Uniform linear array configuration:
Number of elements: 12
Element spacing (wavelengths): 0.75
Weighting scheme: hamming
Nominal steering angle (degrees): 15
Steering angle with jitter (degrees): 13.263
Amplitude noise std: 0.05
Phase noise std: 0.05

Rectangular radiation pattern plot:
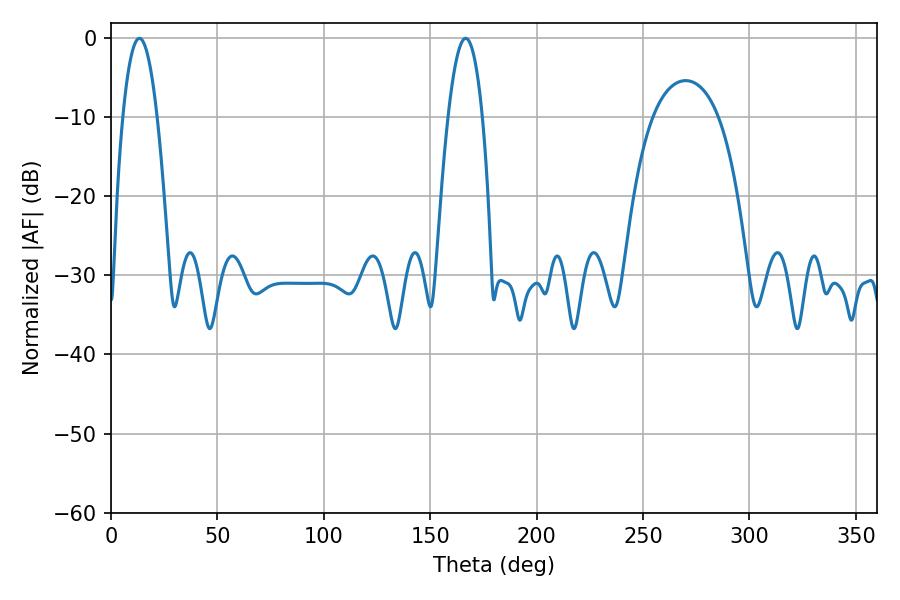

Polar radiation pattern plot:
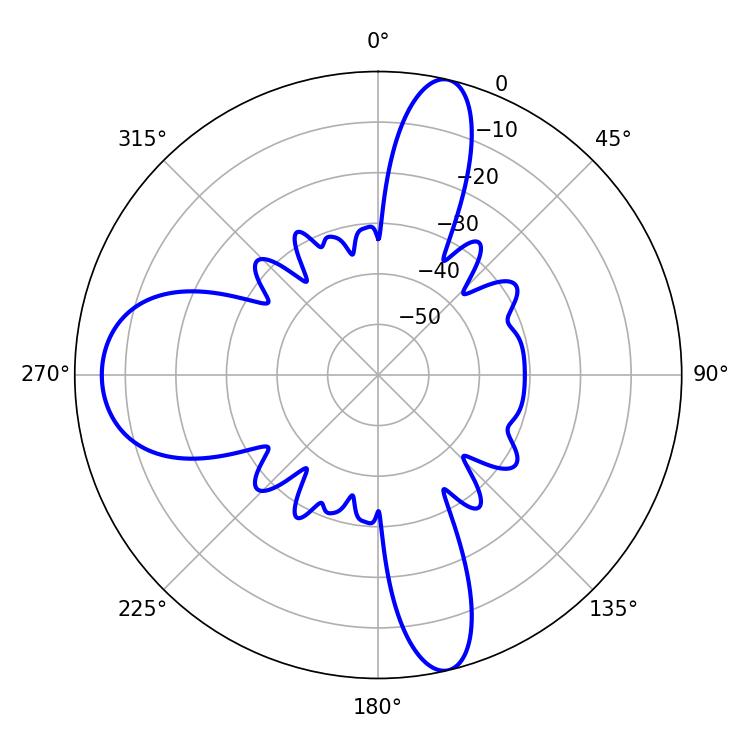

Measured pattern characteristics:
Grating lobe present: TRUE
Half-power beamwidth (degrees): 8.82
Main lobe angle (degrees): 13.32